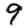
Digit: 9